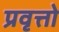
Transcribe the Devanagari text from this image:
प्रवृत्तो